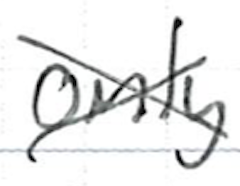
Text: only
Cross-out: cross
Writing tool: ballpoint